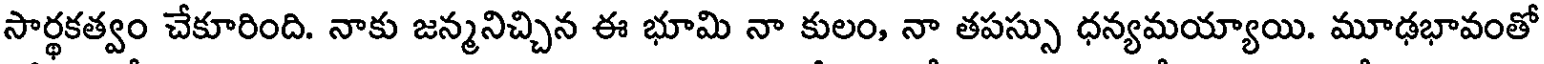
సార్థకత్వం చేకూరింది. నాకు జన్మనిచ్చిన ఈ భూమి నా కులం, నా తపస్సు ధన్యమయ్యాయి. మూఢభావంతో